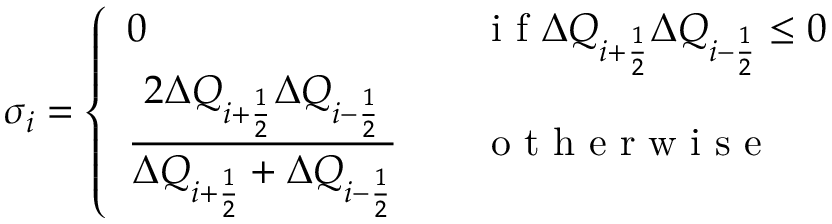
\sigma _ { i } = \left\{ \begin{array} { l l } { \displaystyle { 0 } \quad \quad \quad } & { \mathrm { ~ i ~ f ~ } \Delta Q _ { i + \frac { 1 } { 2 } } \Delta Q _ { i - \frac { 1 } { 2 } } \leq 0 } \\ { \displaystyle { \frac { 2 \Delta Q _ { i + \frac { 1 } { 2 } } \Delta Q _ { i - \frac { 1 } { 2 } } } { \Delta Q _ { i + \frac { 1 } { 2 } } + \Delta Q _ { i - \frac { 1 } { 2 } } } } \quad } & { \mathrm { ~ o ~ t ~ h ~ e ~ r ~ w ~ i ~ s ~ e ~ } } \end{array} \right.